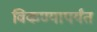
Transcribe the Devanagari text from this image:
विकण्यापर्यंत